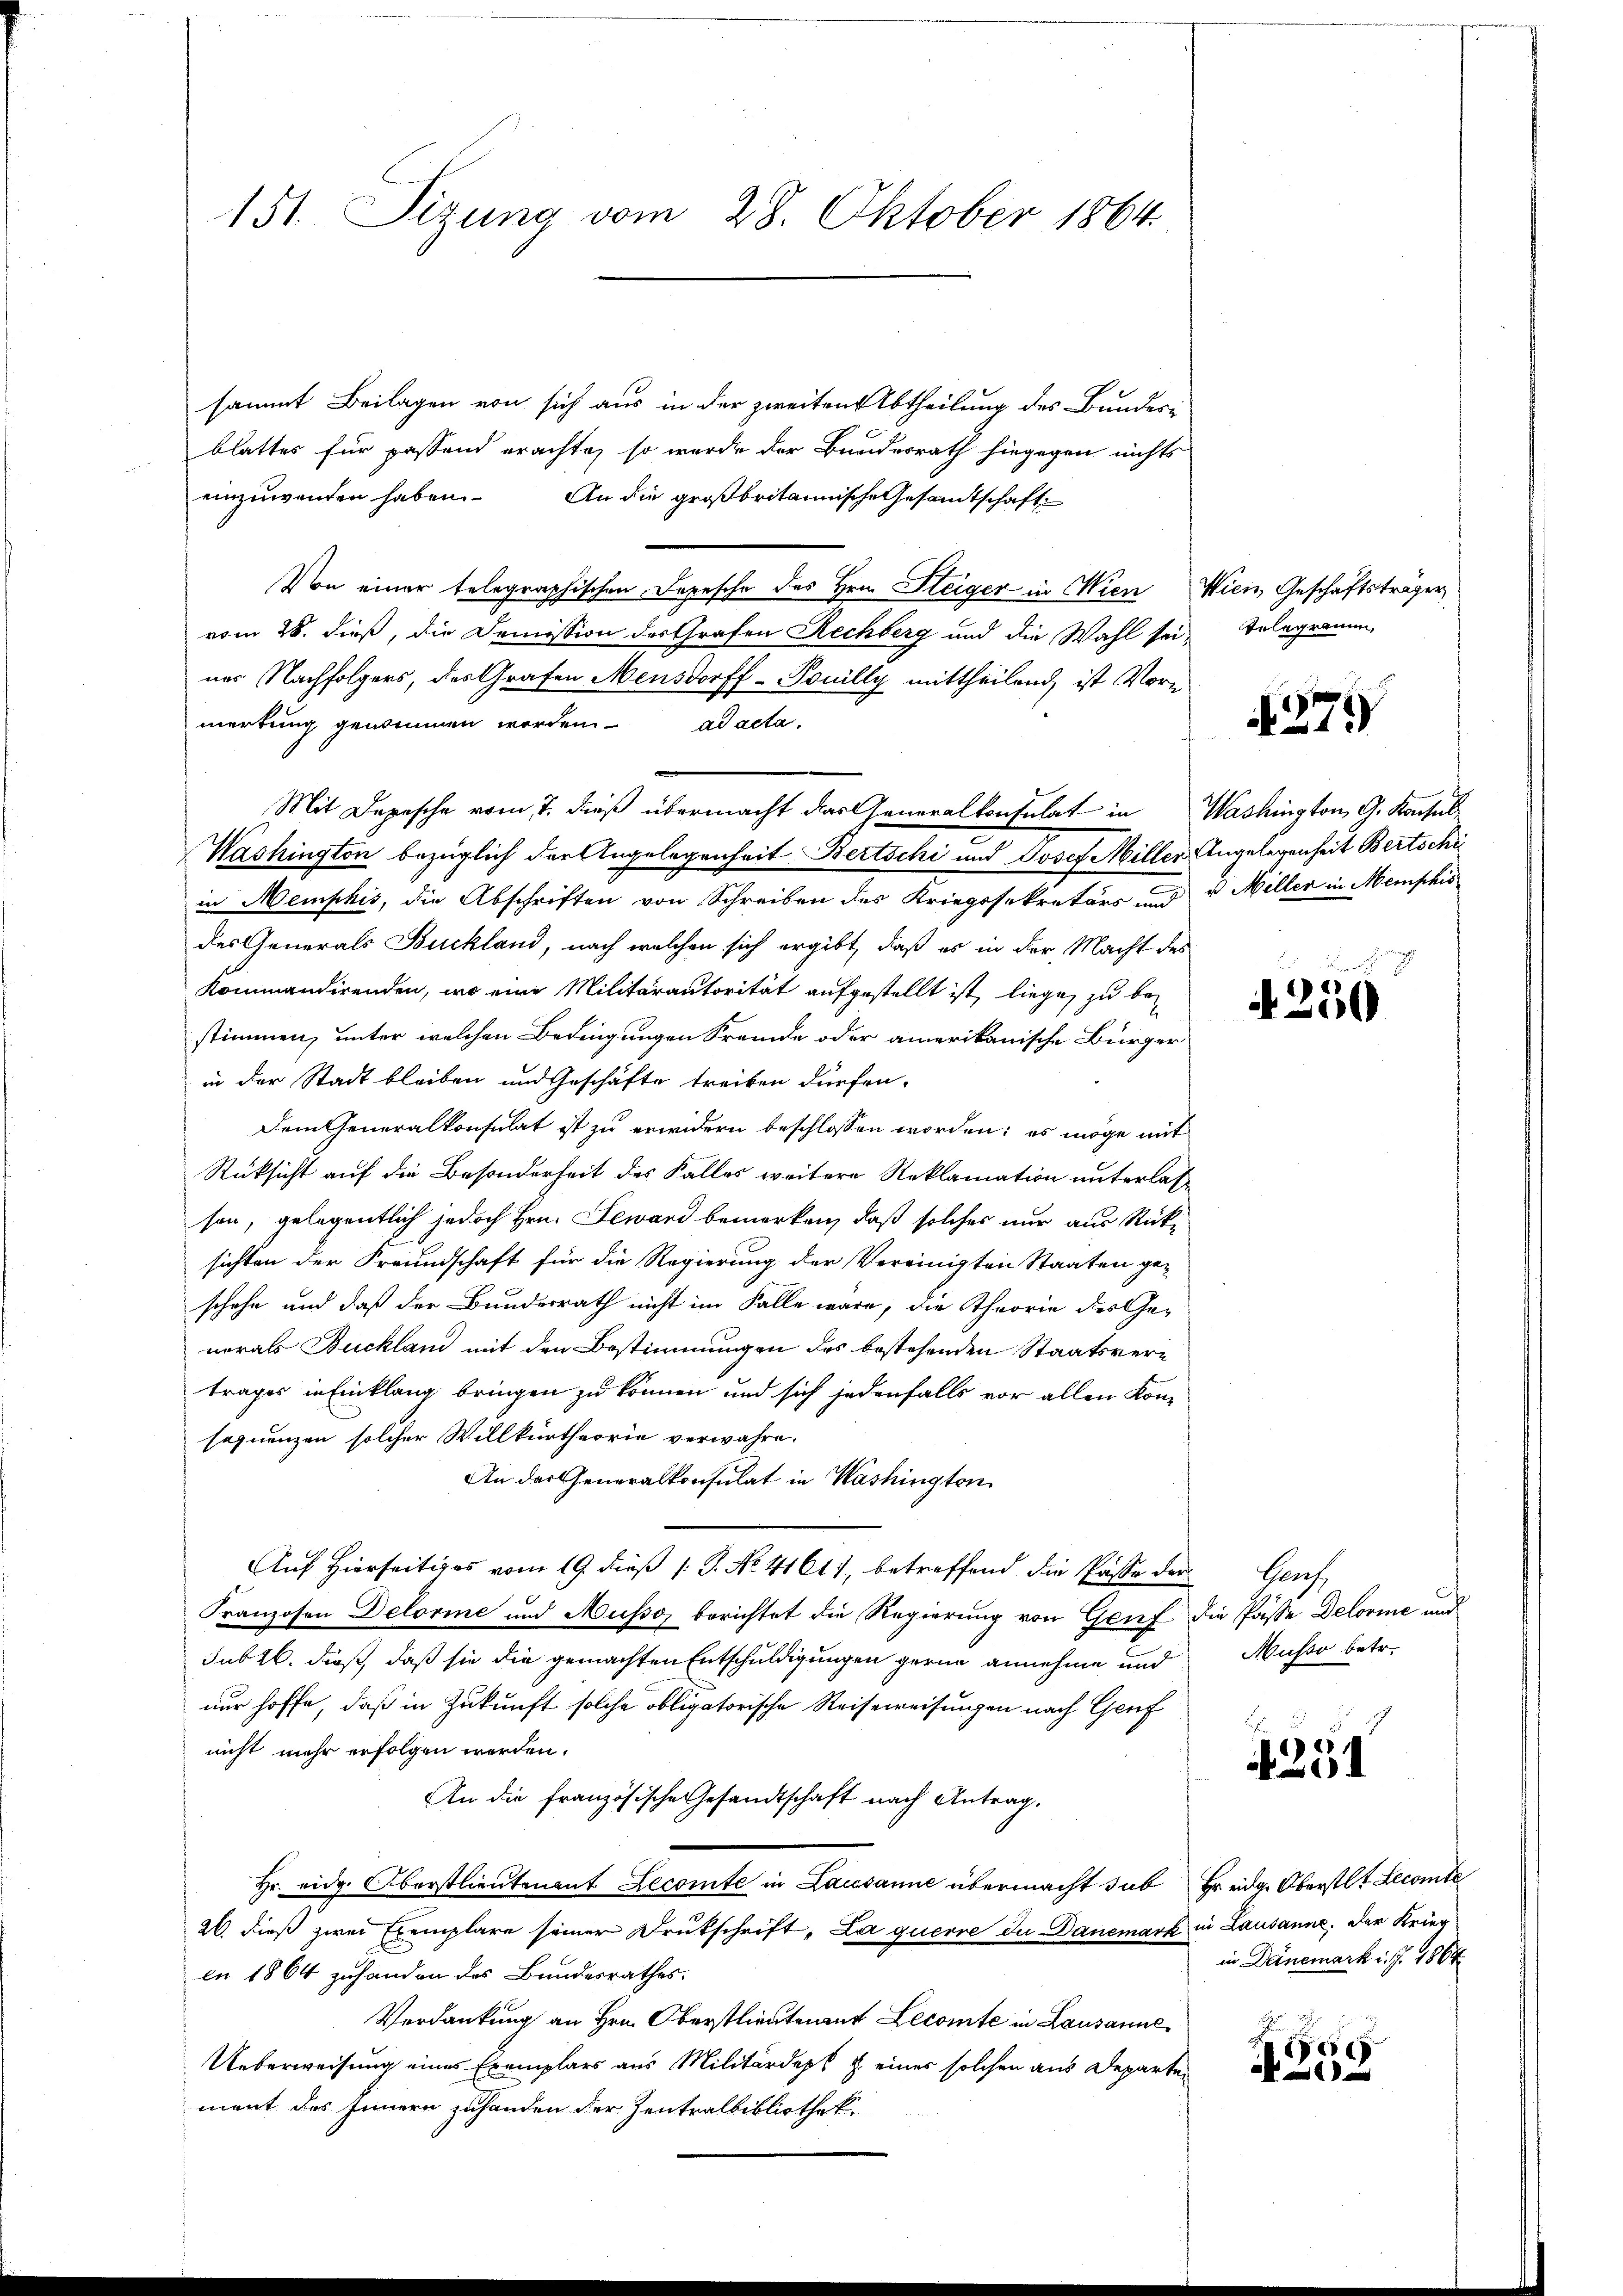
sammt Beilagen von sich aus in der zweiten Abtheilung des Bundes-
blattes für passend erachte, so wurde der Bundesrath hingegen nichts
einzuwenden haben. An die großbritannische Gesandtschaft
Von einer telegraphischen Depesche des Hrn. Steiger in Wien Wien, Geschäftsträger
vom 28. dieß, die Demission des Grafen Rechberg und die Wahl seiner Nachfolgers, des Grafen Mensdorff-Pouilly mittheilend, ist Vorn
merkung genommen worden. ad acta.
Mit Depesche vom 7. dieß übermacht das Generalkonsulat in Washington, G. Konsul
Washington bezüglich der Angelegenheit Bertschi und Josef Miller Angelegenheit Bertschi
in Memphis, die Abschriften von Schreiben des Kriegssekretärs, und u Miller in Memphis
des Generals Buckland, nach welchen sich ergibt, daß es in der Macht des
Kommandirenden, wo eine Militärautorität aufgestellt ist, liege, zu bestimmen, unter welchen Bedingungen Fremde oder amerikanische Bürger
in der Stadt bleiben und Geschäfte treiben dürfen.
Dem Generalkonsulat ist zu erwidern beschlossen worden; es möge mit
Rüksicht auf die Besonderheit des Falles weitere Reklamation unterlasson, gelegentlich jedoch Hrn. Leward bemerken, daß solches nur aus Rücksichten der Freundschaft für die Regierung der Vereinigten Staaten ge-
schehe und daß der Bunderrath nicht im Falle wäre, die Theorie des Generals Buckland mit den Bestimmungen des bestehenden Staatsvertrages in Einklang bringen zu können und sich jedenfalls vor allen Kon-
sequenzen solcher Willkürtheorie verwahre.
An der Generalkonsulat in Washingten
Auf Hierseitiges vom 19. dieß 1 S. No. 41611, betreffend die Pässe der
Franzosen Delorie und Ausso, berichtet die Regierung von Genf die Pässe Delorie und
sub 26. dieß, daß sie die gemachten Entschuldigungen gerne annehme und
nur hoffe, daß in Zukunft solche obligatorische Reiseweisungen nach Genf
nicht mehr erfolgen werden.
An die französische Gesandtschaft nach Antrag.
Hr. eidg. Oberstlieutenant Lecomte in Lausanne übermacht sub Er eidg. Oberstlt Lecomte
26. dieß zwei Exemplare seiner Drukschrift „La querre du Danemark in Lausanne. Der Krieg
en 1864 zuhanden des Bundesrathes.
Verdankung an Hrn. Oberstlieutenant Lecomte in Lausanne
Ueberweisung eines Exemplars aus Militärdepl z. einer solchen aus Departement des Innern zuhanden der Zentralbibliothek.

151. Sizung vom 28. Oktober 1864.

Telegramm,

¬

379

4250

Graf,
Musso betr.

E
4231

in Dänemark d. J. 1864

A
e
x